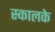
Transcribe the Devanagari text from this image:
स्कालके